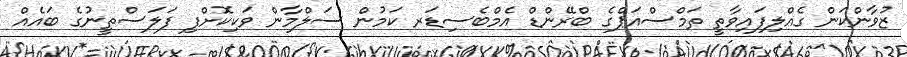
ޒުވާންކަން ގެއްލިފައިވާތީ ތަމްސްއަޕްގެ ބްރޭންޑް އެމްބެސިޑަރ ކަމުން ސަލްމާން ވަކިކޮށްފި ފަލަސްތީނުގެ ބައެއް